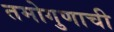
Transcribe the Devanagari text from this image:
तमोगुणाची